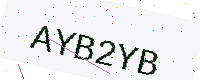
Text: AYB2YB